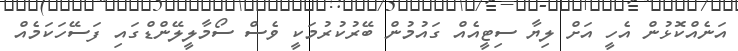
އަނެއްކޮޅުން އެހީ އަށް ލިޔާ ސިޓީއެއް ގައުމުން ބޭރުކުރުމަކީ ވެސް ސޯމާލީލޭންޑްގައި ފަސޭހަކަމެއް